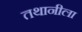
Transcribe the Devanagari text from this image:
तथानीला